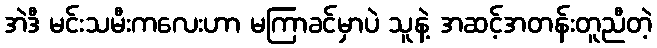
အဲဒီ မင်းသမီးကလေးဟာ မကြာခင်မှာပဲ သူနဲ့ အဆင့်အတန်းတူညီတဲ့